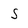
Character: S